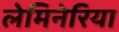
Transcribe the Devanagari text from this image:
लेमिनेरिया